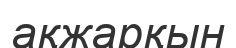
ақжарқын